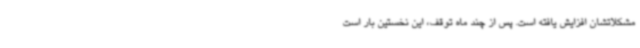
مشکلاتشان افزایش یافته است. پس از چند ماه توقف، این نخستین بار است